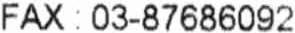
FAX : 03-87686092